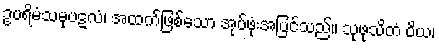
ဥပရိမံသမုပဋလံ၊ အထက်ဖြစ်သော အုပ်ဖုံးအပြင်သည်။ သုဖုသိတံ ဝိယ၊